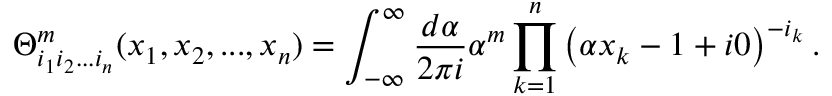
\Theta _ { i _ { 1 } i _ { 2 } . . . i _ { n } } ^ { m } ( x _ { 1 } , x _ { 2 } , . . . , x _ { n } ) = \int _ { - \infty } ^ { \infty } \frac { d \alpha } { 2 \pi i } \alpha ^ { m } \prod _ { k = 1 } ^ { n } \left( \alpha x _ { k } - 1 + i 0 \right) ^ { - i _ { k } } .